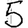
Digit: 5